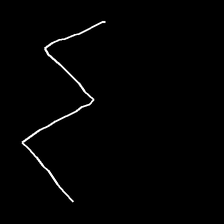
Glyph: crush